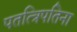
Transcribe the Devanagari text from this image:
पतत्त्रिपतिना